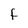
Character: F